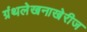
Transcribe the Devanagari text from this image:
ग्रंथलेखनाखेरीज